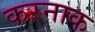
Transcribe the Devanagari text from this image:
करनाक